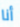
أنا